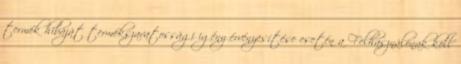
termék hibáját termékszavatossági igény érvényesítése esetén a Felhasználónak kell